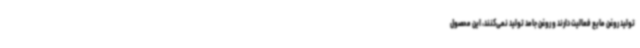
تولید روغن مایع فعالیت دارند و روغن جامد تولید نمی‌کنند، این محصول